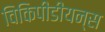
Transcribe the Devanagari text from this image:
विकिपीडीयन्स